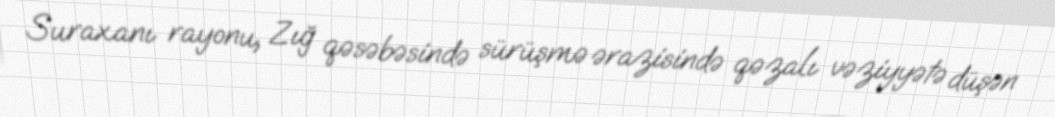
Suraxanı rayonu, Zığ qəsəbəsində sürüşmə ərazisində qəzalı vəziyyətə düşən